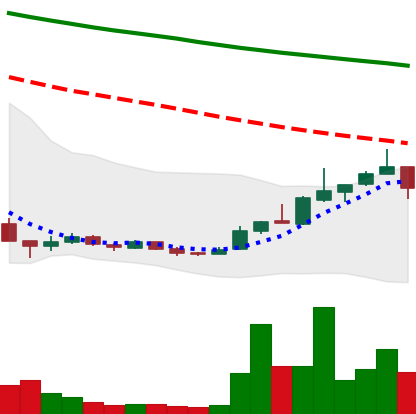
Ticker: ADA-USD
Chart end date: 2018-12-25
Forward return: 4.261%
Label: up_3_5